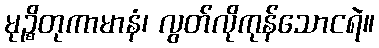
မုဉ္စိတုကာမာနံ၊ လွတ်လိုကုန်သောငရဲ။